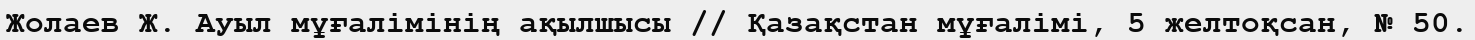
Жолаев Ж. Ауыл мұғалімінің ақылшысы // Қазақстан мұғалімі, 5 желтоқсан, № 50.